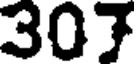
307